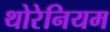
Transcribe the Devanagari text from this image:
थोरेनियम